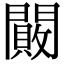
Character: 闝